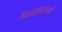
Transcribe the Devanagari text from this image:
फिलिस्तिनियों